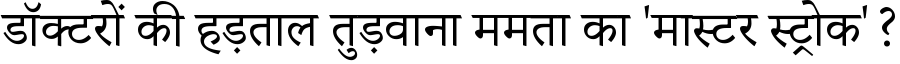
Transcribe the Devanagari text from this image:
डॉक्टरों की हड़ताल तुड़वाना ममता का 'मास्टर स्ट्रोक'?